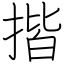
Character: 揩